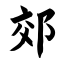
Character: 郊